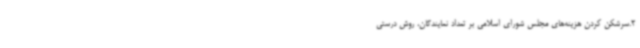
2.سرشکن کردن هزینه‌های مجلس شورای اسلامی بر تعداد نمایندگان، روش درستی